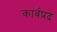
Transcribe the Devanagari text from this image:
कार्बप्रद